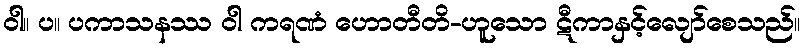
ဝါ။ ပ။ ပကာသနဿ ဝါ ကရဏံ ဟောတီတိ-ဟူသော ဋီကာနှင့်လျော်စေသည်။